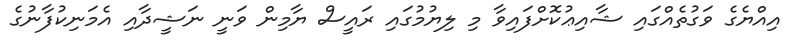
އިއްޔެގެ ވަގުތެއްގައި ޝާއިޢުކޮށްފައިވާ މި ލިޔުމުގައި ރައީސް ޔާމިން ވަނީ ނަޝީދާއި އެމަނިކުފާނުގެ